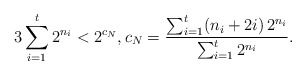
\begin{align*}3\sum_{i=1}^{t} 2^{n_{i}}<2^{c_{N}},c_{N}=\frac{\sum_{i=1}^{t}(n_{i}+2i)\, 2^{n_{i}}}{\sum_{i=1}^{t}2^{n_{i}}}.\end{align*}